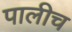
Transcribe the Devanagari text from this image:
पालीच